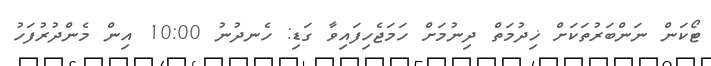
ޓޯކަން ނަންބަރުތަކަށް ޚިދުމަތް ދިނުމަށް ހަމަޖެހިފައިވާ ގަޑި: ހެނދުނު 10:00 އިން މެންދުރުފަހު